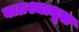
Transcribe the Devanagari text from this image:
बाघ्रश्चाधूल